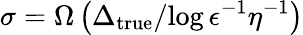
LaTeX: \sigma=\Omega\left({\Delta_{\mathrm{{true}}}}/{\log{\epsilon^{-1}\eta^{-1}}}\right)